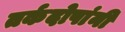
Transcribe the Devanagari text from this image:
तर्कदोषांनी